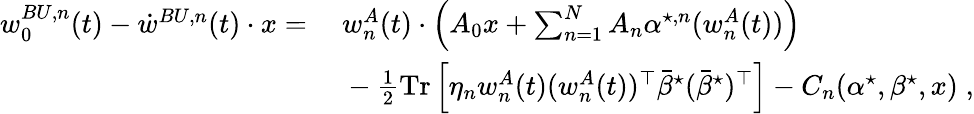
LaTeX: \begin{array}{rl}{w_{0}^{BU,n}(t)-\dot{w}^{BU,n}(t)\cdot x=}&{~w_{n}^{A}(t)\cdot\left(A_{0}x+\sum_{n=1}^{N}A_{n}{\alpha}^{\star,n}(w_{n}^{A}(t))\right)}\\ &{~-\frac 12\mathrm{Tr}\left[\eta_{n}w_{n}^{A}(t)(w_{n}^{A}(t))^{\top}\bar{{\beta}}^{\star}(\bar{{\beta}}^{\star})^{\top}\right]-C_{n}({\alpha}^{\star},{\beta}^{\star},x)\; ,}\end{array}